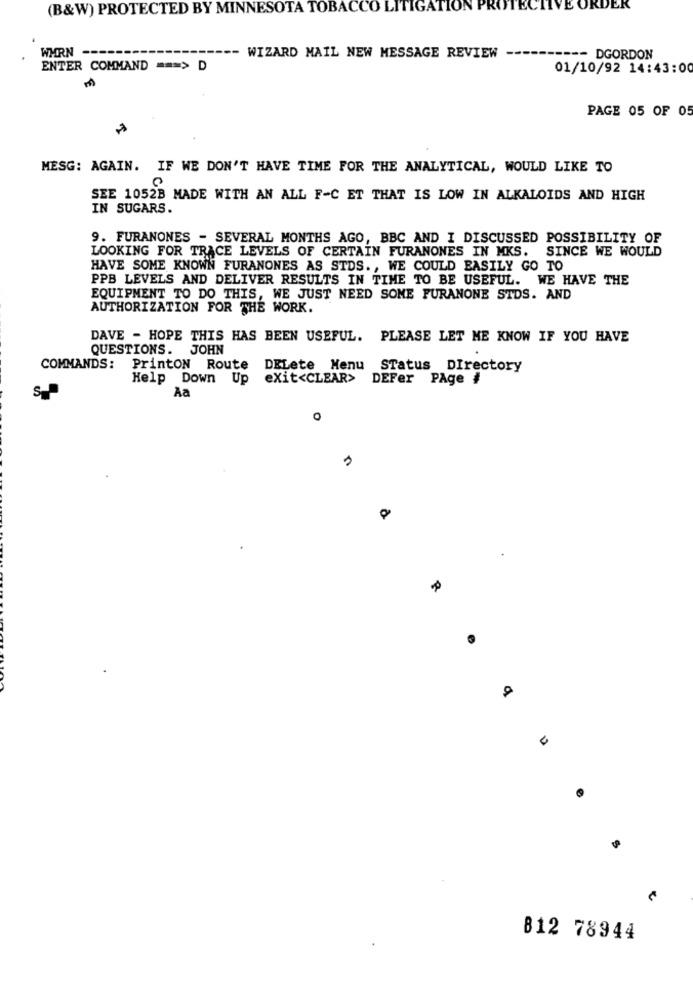
(B&W) PROTECTED BY MINNESOTA TOBACCO LITIGATION PROTECTIVE ORDER
WHRN
WIZARD MAIL NEW MESSAGE REVIEW -
---- DGORDON
ENTER COMMAND === > D
01/10/92 14:43:00
PAGE 05 OF 05
MESG: AGAIN. IF WE DON'T HAVE TIME FOR THE ANALYTICAL, WOULD LIKE TO
SEE 1052B MADE WITH AN ALL F-C ET THAT IS LOW IN ALKALOIDS AND HIGH
IN SUGARS.
9. FURANONES - SEVERAL MONTHS AGO, BBC AND I DISCUSSED POSSIBILITY OF
LOOKING FOR TRACE LEVELS OF CERTAIN FURANONES IN MKS. SINCE WE WOULD
HAVE SOME KNOWN FURANONES AS STDS ., WE COULD EASILY GO TO
PPB LEVELS AND DELIVER RESULTS IN TIME TO BE USEFUL. WE HAVE THE
EQUIPMENT TO DO THIS, WE JUST NEED SOME FURANONE STDS. AND
AUTHORIZATION FOR THE WORK.
DAVE - HOPE THIS HAS BEEN USEFUL. PLEASE LET ME KNOW IF YOU HAVE
QUESTIONS.
JOHN
COMMANDS: PrintON Route
DELete Menu STatus DIrectory
Help Down Up
exit<CLEAR>
DEFer PAge #
S
Aa
812 78944